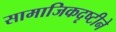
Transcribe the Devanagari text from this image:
सामाजिकदृष्टीने